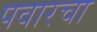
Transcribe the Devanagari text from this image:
पवारचा